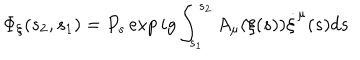
\Phi _ { \xi } ( s _ { 2 } , s _ { 1 } ) = P _ { s } \exp i g \int _ { s _ { 1 } } ^ { s _ { 2 } } A _ { \mu } ( \xi ( s ) ) \dot { \xi } ^ { \mu } ( s ) d s